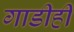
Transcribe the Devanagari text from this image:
गाडीही